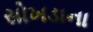
સોખડાના